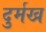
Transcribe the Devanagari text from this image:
दुर्मख